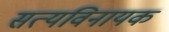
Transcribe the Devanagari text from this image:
सत्यविनायक